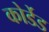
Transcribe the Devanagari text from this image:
कोर्डेड